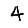
Digit: 4